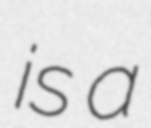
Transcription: is a